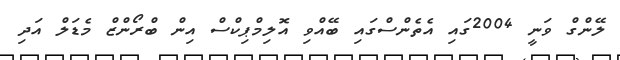
ލޭންގް ވަނީ 2004ގައި އެތެންސްގައި ބޭއްވި އޮލިމްޕިކްސް އިން ބްރޯންޒް މެޑަލް އަދި